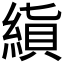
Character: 𬗨